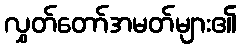
လွှတ်တော်အမတ်များ၏